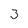
Character: 3